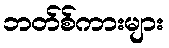
ဘတ်စ်ကားများ